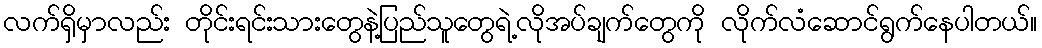
လက်ရှိမှာလည်း တိုင်းရင်းသားတွေနဲ့ပြည်သူတွေရဲ့လိုအပ်ချက်တွေကို လိုက်လံဆောင်ရွက်နေပါတယ်။